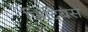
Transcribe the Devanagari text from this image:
फिदियस